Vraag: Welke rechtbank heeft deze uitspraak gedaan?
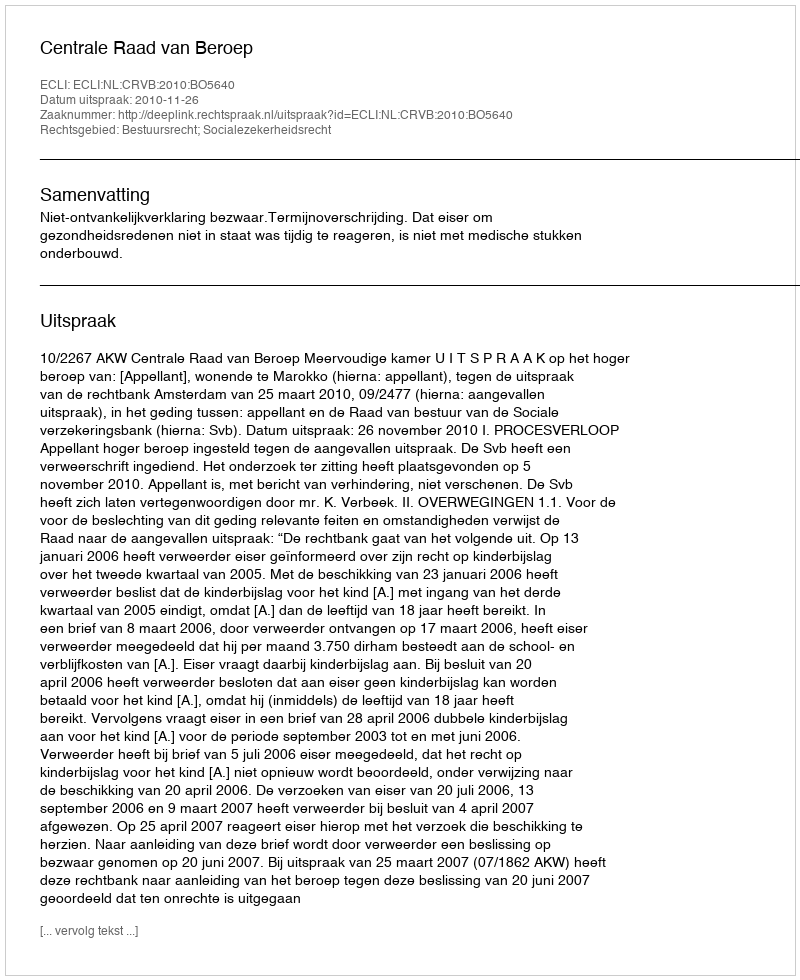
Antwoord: Centrale Raad van Beroep